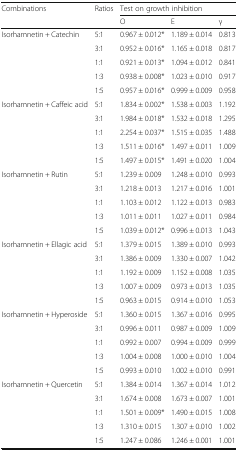
<table><thead><tr><td rowspan="2"><b>Combinations</b></td><td rowspan="2"><b>Ratios</b></td><td colspan="3"><b>Test on growth inhibition</b></td></tr><tr><td><b>O</b></td><td><b>E</b></td><td><b>γ</b></td></tr></thead><tbody><tr><td rowspan="5">Isorhamnetin + Catechin</td><td>5:1</td><td>0.967 ± 0.012*</td><td>1.189 ± 0.014</td><td>0.813</td></tr><tr><td>3:1</td><td>0.952 ± 0.016*</td><td>1.165 ± 0.018</td><td>0.817</td></tr><tr><td>1:1</td><td>0.921 ± 0.013*</td><td>1.094 ± 0.012</td><td>0.841</td></tr><tr><td>1:3</td><td>0.938 ± 0.008*</td><td>1.023 ± 0.010</td><td>0.917</td></tr><tr><td>1:5</td><td>0.957 ± 0.016*</td><td>0.999 ± 0.009</td><td>0.958</td></tr><tr><td rowspan="5">Isorhamnetin + Caffeic acid</td><td>5:1</td><td>1.834 ± 0.002*</td><td>1.538 ± 0.003</td><td>1.192</td></tr><tr><td>3:1</td><td>1.984 ± 0.018*</td><td>1.532 ± 0.018</td><td>1.295</td></tr><tr><td>1:1</td><td>2.254 ± 0.037*</td><td>1.515 ± 0.035</td><td>1.488</td></tr><tr><td>1:3</td><td>1.511 ± 0.016*</td><td>1.497 ± 0.011</td><td>1.009</td></tr><tr><td>1:5</td><td>1.497 ± 0.015*</td><td>1.491 ± 0.020</td><td>1.004</td></tr><tr><td rowspan="5">Isorhamnetin + Rutin</td><td>5:1</td><td>1.239 ± 0.009</td><td>1.248 ± 0.010</td><td>0.993</td></tr><tr><td>3:1</td><td>1.218 ± 0.013</td><td>1.217 ± 0.016</td><td>1.001</td></tr><tr><td>1:1</td><td>1.103 ± 0.012</td><td>1.122 ± 0.013</td><td>0.983</td></tr><tr><td>1:3</td><td>1.011 ± 0.011</td><td>1.027 ± 0.011</td><td>0.984</td></tr><tr><td>1:5</td><td>1.039 ± 0.012*</td><td>0.996 ± 0.013</td><td>1.043</td></tr><tr><td rowspan="5">Isorhamnetin + Ellagic acid</td><td>5:1</td><td>1.379 ± 0.015</td><td>1.389 ± 0.010</td><td>0.993</td></tr><tr><td>3:1</td><td>1.386 ± 0.009</td><td>1.330 ± 0.007</td><td>1.042</td></tr><tr><td>1:1</td><td>1.192 ± 0.009</td><td>1.152 ± 0.008</td><td>1.035</td></tr><tr><td>1:3</td><td>1.007 ± 0.009</td><td>0.973 ± 0.013</td><td>1.035</td></tr><tr><td>1:5</td><td>0.963 ± 0.015</td><td>0.914 ± 0.010</td><td>1.053</td></tr><tr><td rowspan="5">Isorhamnetin + Hyperoside</td><td>5:1</td><td>1.360 ± 0.015</td><td>1.367 ± 0.016</td><td>0.995</td></tr><tr><td>3:1</td><td>0.996 ± 0.011</td><td>0.987 ± 0.009</td><td>1.009</td></tr><tr><td>1:1</td><td>0.992 ± 0.007</td><td>0.994 ± 0.009</td><td>0.999</td></tr><tr><td>1:3</td><td>1.004 ± 0.008</td><td>1.000 ± 0.010</td><td>1.004</td></tr><tr><td>1:5</td><td>0.993 ± 0.010</td><td>1.002 ± 0.010</td><td>0.991</td></tr><tr><td rowspan="5">Isorhamnetin + Quercetin</td><td>5:1</td><td>1.384 ± 0.014</td><td>1.367 ± 0.014</td><td>1.012</td></tr><tr><td>3:1</td><td>1.674 ± 0.008</td><td>1.673 ± 0.007</td><td>1.001</td></tr><tr><td>1:1</td><td>1.501 ± 0.009*</td><td>1.490 ± 0.015</td><td>1.008</td></tr><tr><td>1:3</td><td>1.310 ± 0.015</td><td>1.307 ± 0.010</td><td>1.002</td></tr><tr><td>1:5</td><td>1.247 ± 0.086</td><td>1.246 ± 0.001</td><td>1.001</td></tr></tbody></table>